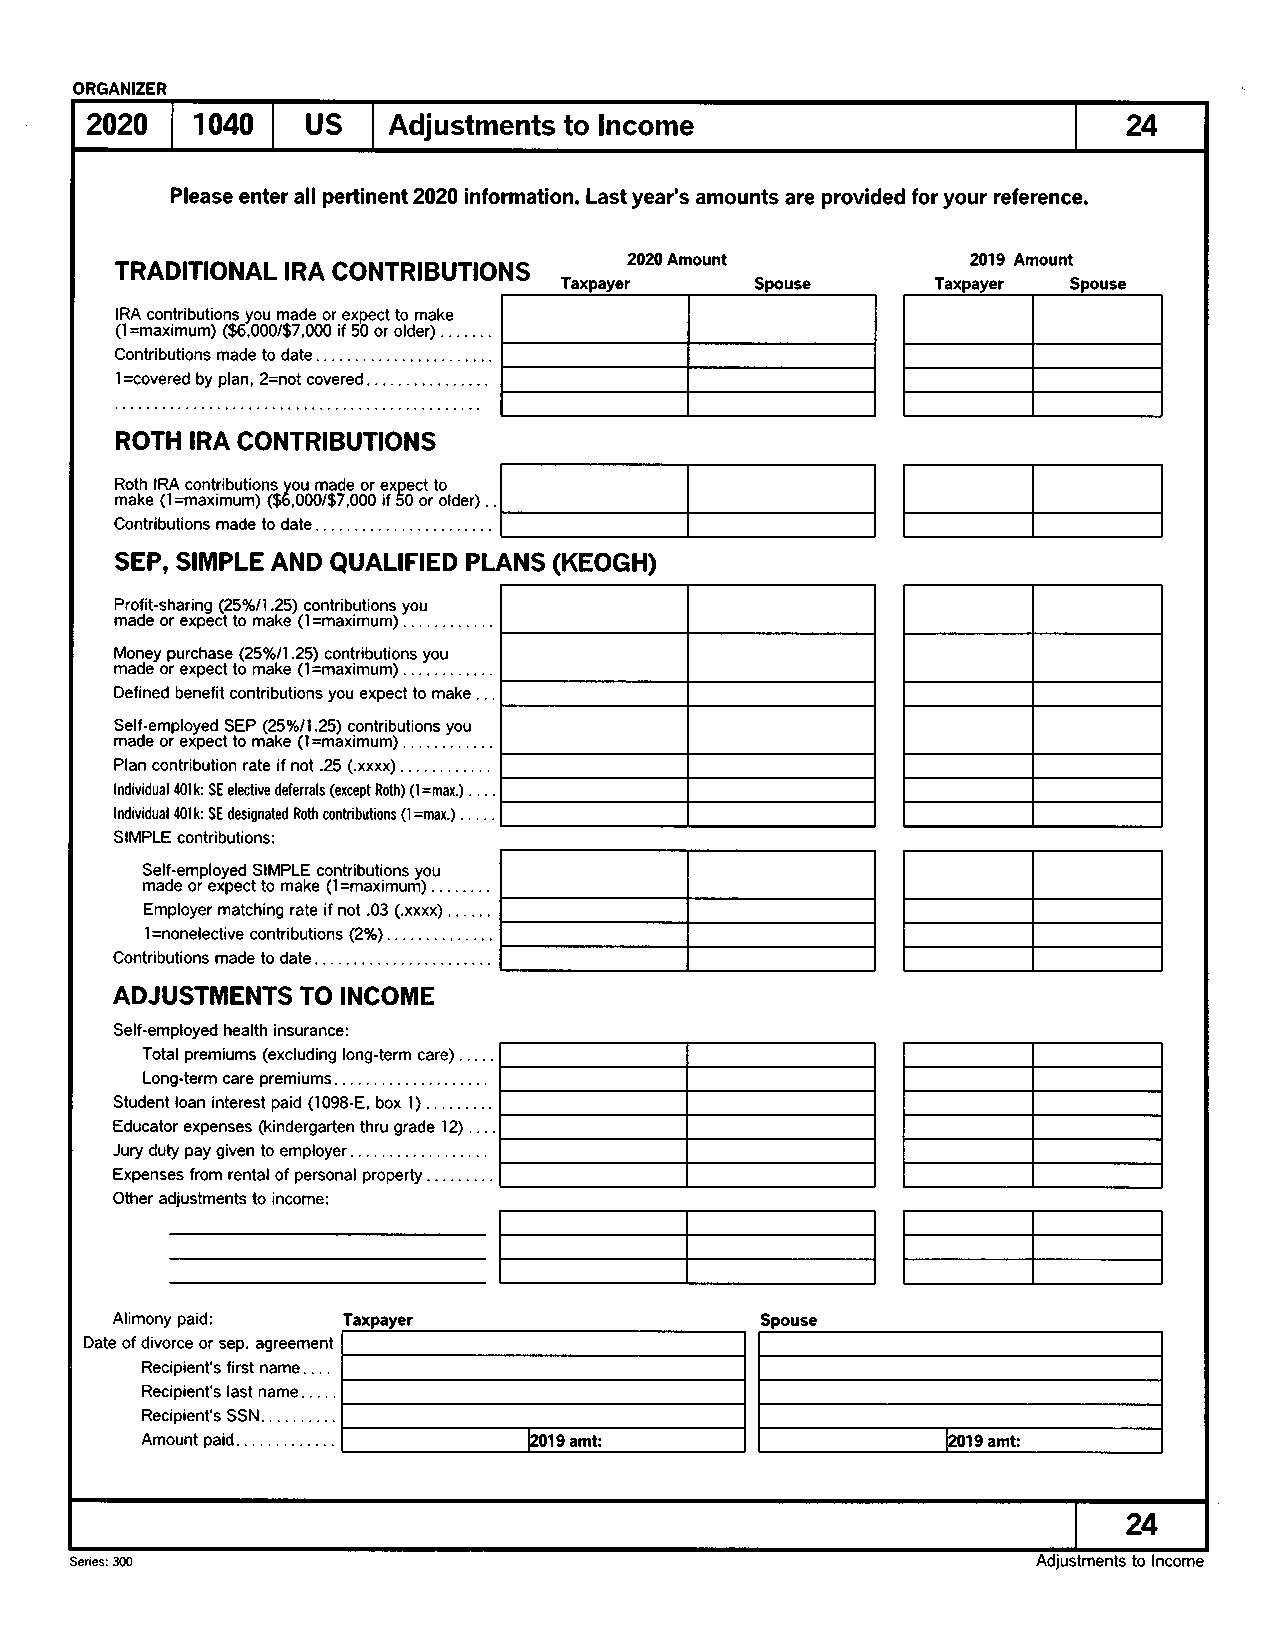
ORGANIZER
 2420   1040   US    Adiustments to Income                            24
 Please enter all pertinent 2020 information. Last year's amounts are provided for your reference.
 2020 Amount           2019 Amount
 TRADITIONAL IRA CONTRIBUTIONS
 IRA contributions you made or expect to make
 (l =maximum) ($6,000/97,000 if 50 or older) . .
 Contributions made to date
 1=covered by plan, 2=not covered
 ROTH IRA CONTRIBUTIONS
 Roth IRA contributions vou made or exDect to
 make (l =maximum) ($6,OOO/$7,000 if 50 or older)
 Contributions made to date
 SEP, SIMPLE AND QUALIFIED PLANS (KEOGH)
 Profit-sharing Q5Yol1.25) contributions you
 made or expect to make (l =maximum) . . . .
 Money purchase Q5o/o!1 ,21) contributions you
 made or expect to make (l =maximum)
 Defined benefit contributions you expect to make
 Self-employed SEP Q5o/o11.25) contributions you
 made or expect to make (l =maximum)
 Plan contribution rate if not .25 (.xxxx)
 .
 lndividual 40lk SE elective deferrals (except Roth) (l =max.) .
 lndividual 401k SE designated Roth contributions (l =msx.) . .
 SIMPLE contributions:
 Self-employed SIMPLE contributions you
 made or expect to make (l =maximum)
 Employer matching rate if not .03 (.xxxx) . . .
 I =nonelective contributions QYo)
 Contributions made to date
 ADJUSTMENTS  TO INCOME
 Self-employed health insurance:
 Total premiums (excluding long-term care) . .
 Long-term care premiums. . .
 Student loan interest paid (1098-E, box l) ......
 Educator expenses (kindergarten thru grade 12)
 .
 Jury duty pay given to employer . . .
 Expenses from rental of personal property
 Other adjustments to income:
 Alimony paid:
 Date of divorce or sep. agreement
 Recipient's first name. . . .
 Recipient's last name
 Recipient's SSN
 Amount paid               lzot g amt:                 12019 amt:
 24
 Series: 300                                                             ncome